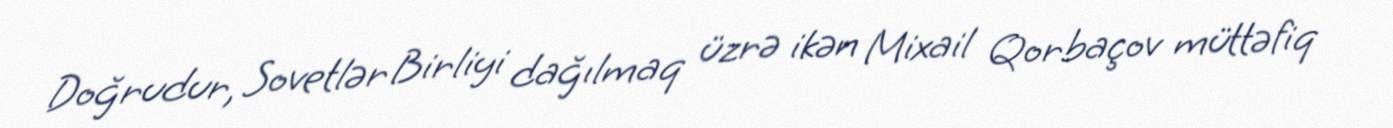
Doğrudur, Sovetlər Birliyi dağılmaq üzrə ikən Mixail Qorbaçov müttəfiq